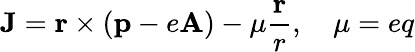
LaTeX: {\mathbf J}={\mathbf r}\times({\mathbf p}-e{\mathbf A})-\mu\frac{\mathbf r}{r},\quad\mu=eq